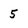
Character: 5